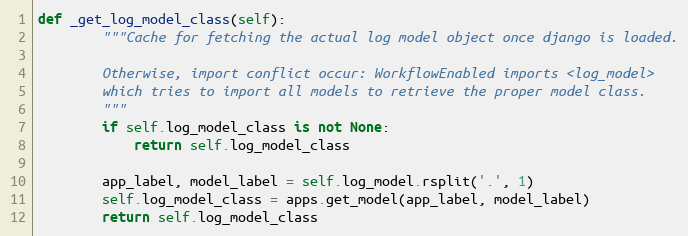
Language: Python
def _get_log_model_class(self):
        """Cache for fetching the actual log model object once django is loaded.

        Otherwise, import conflict occur: WorkflowEnabled imports <log_model>
        which tries to import all models to retrieve the proper model class.
        """
        if self.log_model_class is not None:
            return self.log_model_class

        app_label, model_label = self.log_model.rsplit('.', 1)
        self.log_model_class = apps.get_model(app_label, model_label)
        return self.log_model_class